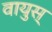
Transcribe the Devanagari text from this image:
वायुस्